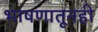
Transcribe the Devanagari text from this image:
भाषणातूनही